Vaccination in Bombay 1913-1923 - 1913-1923
Year: 1913
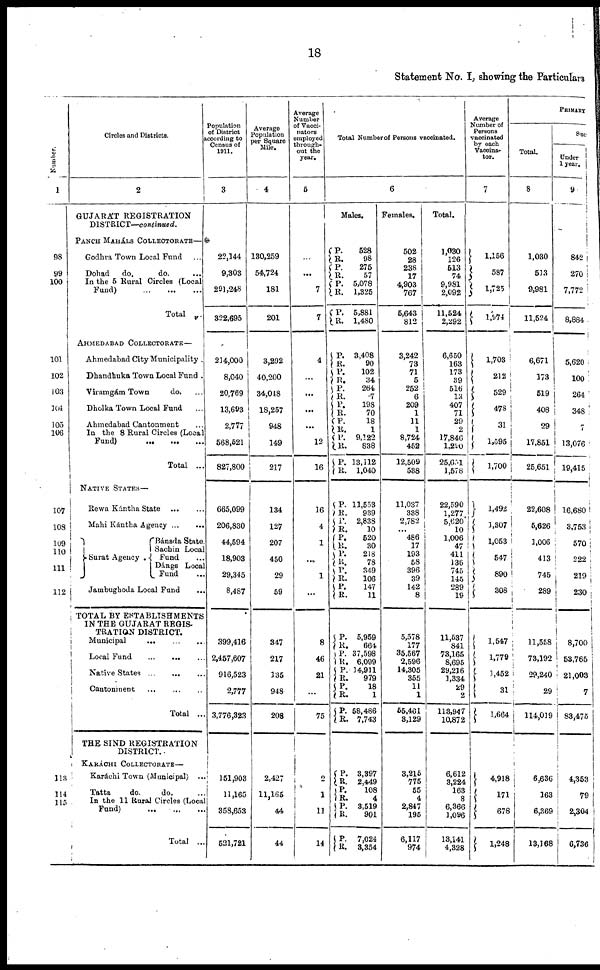
18
Statement No. I, showing the Particulars
Number.
1
98
99
100
101
102
103
104
105
106
107
108
109
110
111
112
113
114
115
Circles and Districts.
2
GUJARÁT REGISTRATION
DISTRICT—continued.
PANCH MAHÁLS COLLECTORATE—
Godhra Town Local Fund ...
Dohad
do.
do. ...
In the 5 Rural Circles (Local
Fund)
...
...
...
Total ...
AHMEDABAD COLLECTORATE—
Ahmedabad City Municipality .
Dhandhuka Town Local Fund .
Viramgám Town
do. ...
Dholka Town Local Fund ...
Ahmedabad Cantonment ...
In the 8 Rural Circles (Local
Fund)
...
...
...
Total ...
NATIVE STATES—
Rewa Kántha State ... ...
Mahi Kántha Agency
...
...
Surat Agency .
Bánsda State.
Sachin Local
Fund ...
Dángs Local
Fund ...
Jambughoda Local Fund ...
TOTAL BY ESTABLISHMENTS
IN THE GUJARAT REGIS-
TRATION DISTRICT.
Municipal
...
...
...
Local
Fund
...
...
...
Native States ... ... ...
Cantonment ... ... ...
Total ...
THE SIND REGISTRATION
DISTRICT.
KARÁCHI COLLECTORATE—
Karáchi Town (Municipal) ...
Tatta
do.
do. ...
In the 11 Rural Circles (Local
Fund)
...
...
...
Total ...
Population
of District
according to
Census of
1011.
3
22,144
9,303
291,248
322,695
214,000
8,040
20,769
13,693
2,777
568,521
827,800
665,099
206,830
44,594
18,903
29,345
8,487
399,416
2,457,607
916,523
2,777
3,776,323
151,903
11,165
358,653
521,721
Average
Population
per Square
Mile.
4
130,259
54,724
181
201
3,292
40,200
34,048
18,257
948
149
217
134
127
207
450
29
59
347
217
135
948
208
2,427
11,165
44
44
Average
Number
of Vacci-
nators
employed
through-
out the
year.
5
...
...
7
7
4
...
...
...
...
12
16
16
4
1
...
1
...
8
46
21
...
75
2
1
11
14
Total Number of Persons vaccinated.
6
Males.
P.
R. P.
R. P.
R.
P.
R.
528
98
275
57
5,078
1,325
5,881
1,480
P. R.
P.
R.
P.
R.
P.
R. P.
R.
P.
R.
P.
R.
3,408
90
102
34
264
7
198
70
18
1
9,122
838
13,112
1,040
P.
R.
P.
R.
P.
R.
P.
R.
P.
R.
P.
R.
11,553
939
2,838
10
520
30
218
78
349
106
147
11
P.
R.
P.
R.
P.
R.
P.
R.
P.
R.
P.
R.
P.
R.
P.
R.
P.
R.
5,959
664
37,598
6,099
14,911
979
18
1
58,486
7,743
3,397
2,449
108
4 3,519
901
7,024
3,354
Females.
502
28
238
17
4,903
767
5,643
812
3,242
73
71
5
252
6
209
1
11
1
8,724
452
12,509
538
11,037
338
2,782
...
486
17
193
58
396
39
142
8
5,578
177
35,567
2,596
14,305
355
11
1
55,461
3,129
3,215
775
55
4
2,847
195
6,117
974
Total.
1,030
126
513
74
9,981
2,092
11,524
2,292
6,650
163
173
39
516
13
407
71
29
2
17,846
1,290
25,651
1,578
22,590
1,277
5,620
10
1,006
47
411 136
745
145
289
19
11,537
841
73,165
8,695
29,216
1,334
29
2
113,947
10,872
6,612
3,224
163
8
6,366
1,096
13,141
4,328
Average
Number of
Persons
vaccinated
by each
Vaccina-
tor.
7
1,156
587
1,725
1,974
1,703
212
529
478
31
1,595
1,700
1,492
1,307
1,053
547
890
308
1,547
1,779
1,452
31
1,664
4,918
171
678
1,248
PRIMARY
Total.
8
1,030
513
9,981
11,524
6,671
173
519
408
29
17,851
25,651
22,608
5,626
1,006
413
745
289
11,558
73,192
29,240
29
114,019
6,636
163
6,369
13,168
Suc
Under
1 year.
9
842
270
7,772
8,884
5,620
100
264
348
7
13,076
19,415
16,680
3,753
570
222
219
230
8,700
53,765
21,003
7
83,475
4,353
79
2,304
6,736